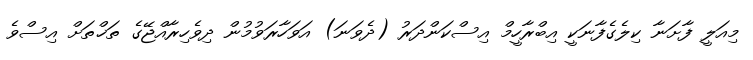
މިއަލީ ފާށަނާ ކިލެގެފާނަކީ އިބްރާހީމް އިސްކަންދަރު (ދެވަނަ) އަވަހާރަވުމުން ދިވެހިރާއްޖޭގެ ތަޚްތަށް އިސްވެ